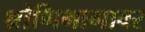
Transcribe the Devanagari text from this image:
श्रोणिभागावर